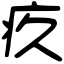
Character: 疚